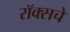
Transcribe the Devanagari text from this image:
रॉक्सचे